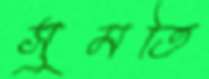
সুমতি